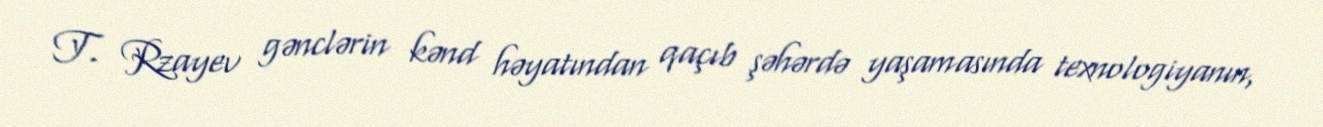
T. Rzayev gənclərin kənd həyatından qaçıb şəhərdə yaşamasında texnologiyanın,